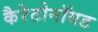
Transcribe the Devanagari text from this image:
कैरेटोनॉयड